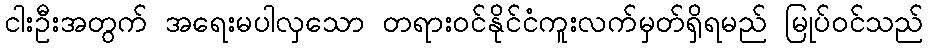
ငါးဦးအတွက် အရေးမပါလှသော တရားဝင်နိုင်ငံကူးလက်မှတ်ရှိရမည် မြုပ်ဝင်သည်